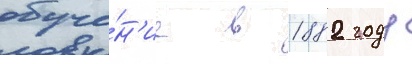
обуче́н'ие в 1882 году